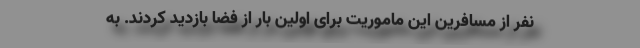
نفر از مسافرین این ماموریت برای اولین بار از فضا بازدید کردند. به